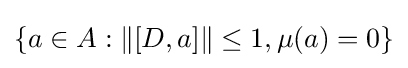
\{a\in A:\|[D,a]\|\leq 1,\mu (a)=0\}